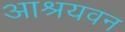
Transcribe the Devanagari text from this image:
आश्रयवन